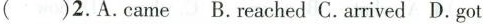
( )2.A.came B.reached C.arrived D.got